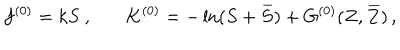
f ^ { ( 0 ) } = k S ~ , ~ K ^ { ( 0 ) } = - \ln ( S + \, \overline { { { \! S } } } ) + G ^ { ( 0 ) } ( Z , \, \overline { { { \! Z } } } ) \, ,